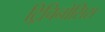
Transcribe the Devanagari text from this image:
ट्रिचिनोसिस